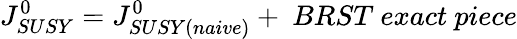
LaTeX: J_{SUSY}^{0}=J_{SUSY(naive)}^{0}+\ BRST\ exact\ piece